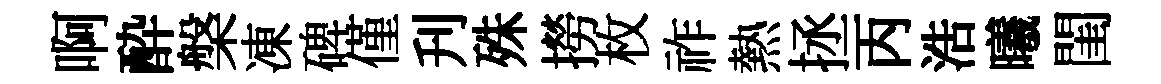
啊酔槃凍碑僅刋殊撈枚祚熱拯丙浩曦閨